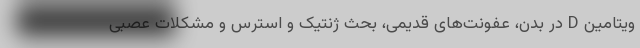
ویتامین D در بدن، عفونت‌های قدیمی، بحث ژنتیک و استرس و مشکلات عصبی